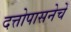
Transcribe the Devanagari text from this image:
दत्तोपासनेचें